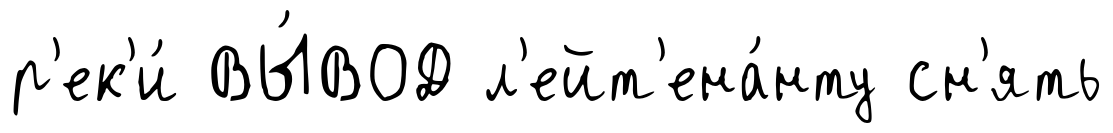
р'ек'и́ ВЫ́ВОД л'ейт'ена́нту сн'ять